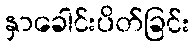
နှာခေါင်းပိတ်ခြင်း